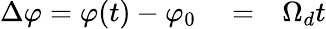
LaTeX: \begin{array}{rlr}{\Delta\varphi=\varphi(t)-\varphi_{0}}&{{}=}&{\Omega_{d}t}\end{array}